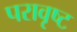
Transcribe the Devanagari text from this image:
परावृष्ट